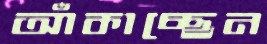
আঁকাচ্ছেন